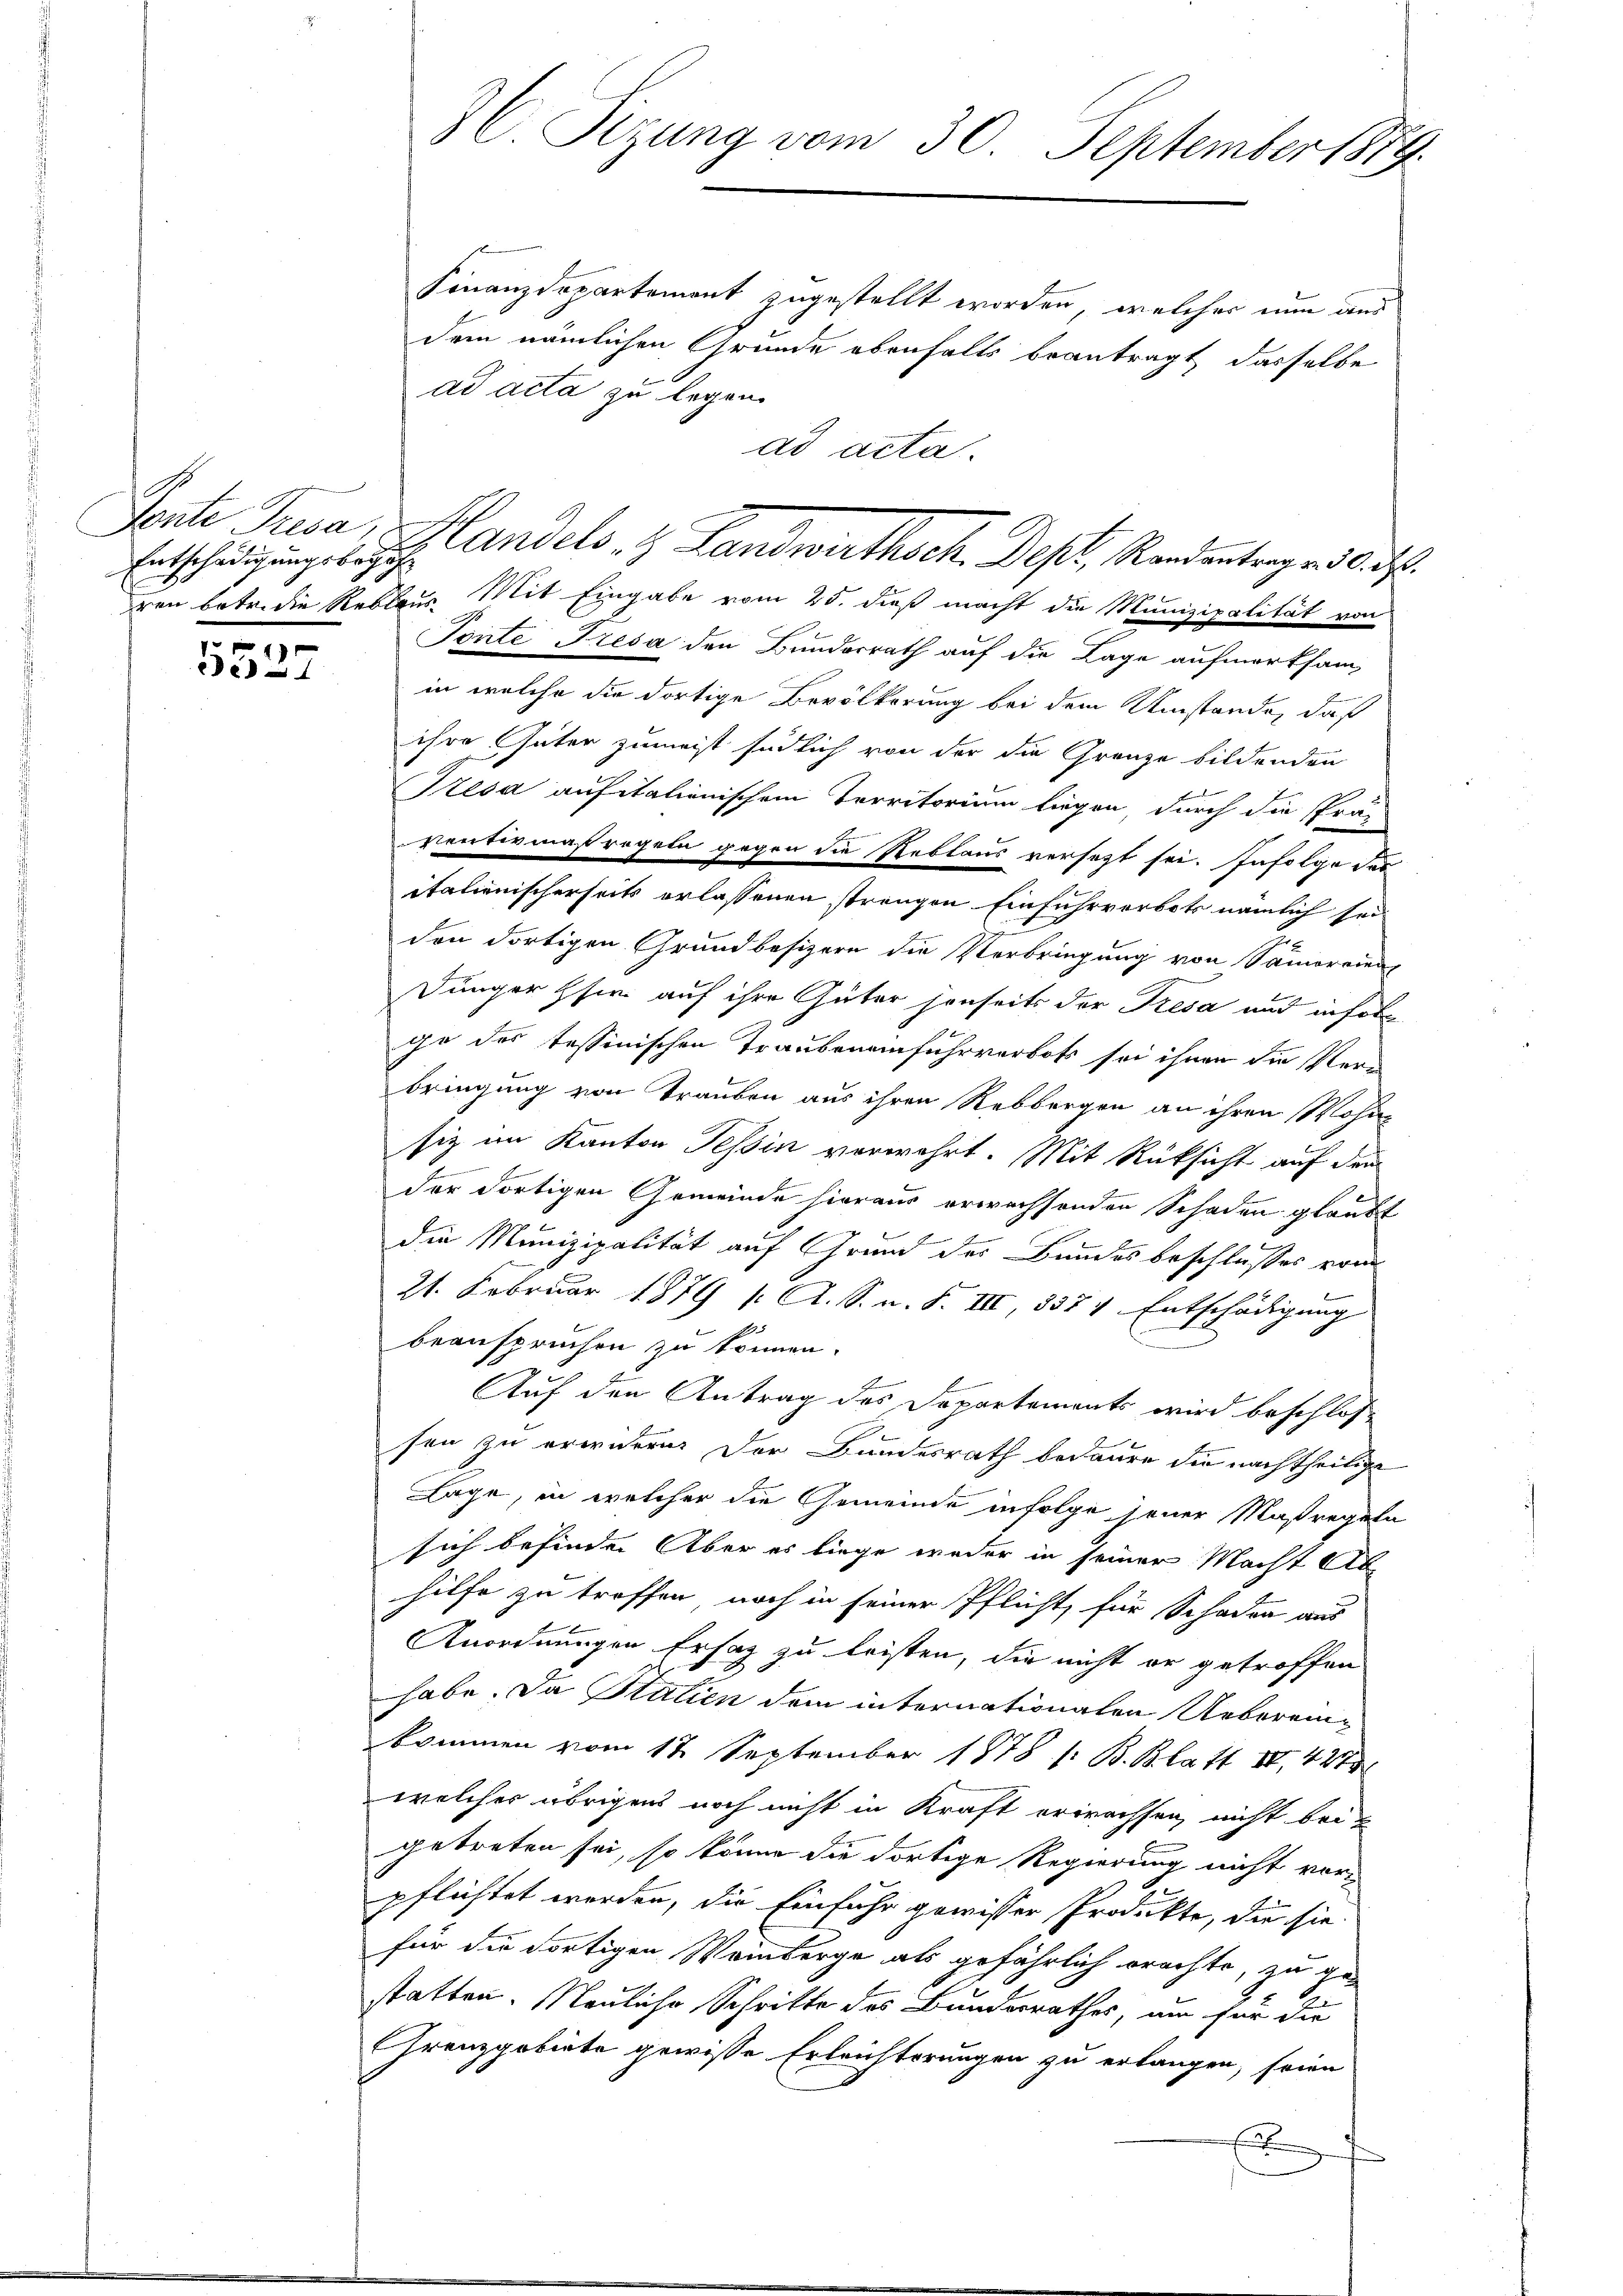
Entschädigungsbegeh

n
5527

Finanzdepartement zugestellt worden, welcher nun aus
dem nämlichen Grunde ebenfalls beantragt, dasselbe
ad acta zu legen.
ad acta.
ren betr. die Reblaus Mit Eingabe vom 25. dieß macht die Munizipalität von
Tonte Fresa den Bunderrath auf die Lage aufmerksam,
in welche die dortige Bevölkerung bei dem Umstände, daß
ihre Güter zumeist südlich von der die Grenze bildenden
Tresa aufitalienischem Territorium liegen, durch die Präs
Ventimaßregeln gegen die Reblaus versezt sei. Infolge der
italienischerseits erlassenen strengen Einfuhrverbots nämlich sei
den dortigen Grundbesizern die Verbringung von Samoreien,
Junger sie auf ihre Güter jenseits der Tresa und infolg
ge des tessinischen Traubenanfuhrverbots sei ihnen die Verbringung von Trauben aus ihren Rebbergen an ihren Wohnsiz im Kanton Tessin verwehrt. Mit Rücksicht auf dem

der dortigen Gemeinde hieraus erwachsenden Schaden glaubt
die Munizipalität auf Grund des Bundes beschlusses von
21. Februar 1879 /: A. S. n. F. III, 837 v Entschädigung
beanspruchen zu können.
Auf den Antrag des Departements wird beschlos
sen zu erwidern. Der Bundesrath bedaure die nachtheilige
Lage, in welcher die Gemeinde infolge jener Maßregeln
sich befinden Aber es liege weder in seiner Macht Abhilfe zu treffen, noch in seiner Pflicht, für Schaden aus
Anordnungen Ersatz zu leisten, die nicht er getroffen
habe. Da Statien dem internationalen Uebereinkommen vom 12. September 1878 s. B. Blatt II 427
welcher übrigens noch nicht in Kraft erwachsen, nicht beigetreten sei, so könne die dortige Regierung nicht vor-
pflichtet worden, die Einfuhr gewisser Produkte, die sie
für die dortigen Weinberge als gefährlich brachte, zu ge-
statten. Neuliche Schritte des Bundesrathes, um für die
Grenzgobirte gewisse Erleichterungen zu erlangen, seien
E

36. Sizung vom 30. September 1879.

Sente Tresa, v. Handels z. Landwirthsch. Dest. Rendentrages d. d.